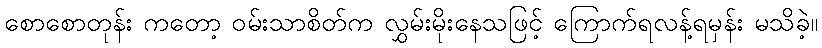
စောစောတုန်း ကတော့ ဝမ်းသာစိတ်က လွှမ်းမိုးနေသဖြင့် ကြောက်ရလန့်ရမှန်း မသိခဲ့။